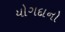
યોગદાનો